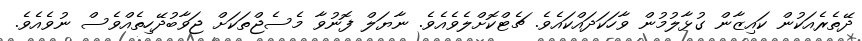
ދޭތެރެއަކުން ކައިޒާން ގުޅާލުމުން ވާހަކަދައްކައެވެ. ޗެޓްކޮށްލެވެއެވެ. ނާޔަލް ފޮނުވާ މެސެޖްތަކަށް ޖަވާބުދޭހިތެއްވެސް ނުވެއެވެ.